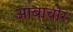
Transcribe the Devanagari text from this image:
आबाचोर